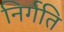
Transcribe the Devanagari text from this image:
निर्गति